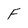
Character: F